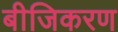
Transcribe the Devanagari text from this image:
बीजिकरण